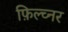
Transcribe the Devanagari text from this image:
फ़िल्च्नर